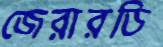
জেরারডি